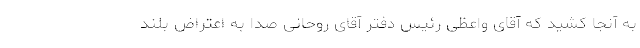
به آنجا کشید که آقای واعظی رئیس‌ دفتر آقای روحانی صدا به اعتراض بلند